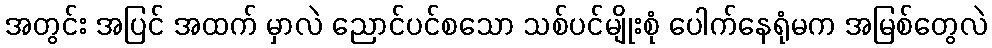
အတွင်း အပြင် အထက် မှာလဲ ညောင်ပင်စသော သစ်ပင်မျိုးစုံ ပေါက်နေရုံမက အမြစ်တွေလဲ